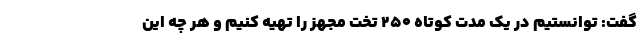
گفت: توانستیم در یک مدت کوتاه ۲۵۰ تخت مجهز را تهیه کنیم و هر چه این